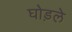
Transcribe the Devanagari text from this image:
घोड़ले